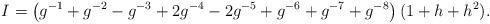
LaTeX: \begin{align*}I = \left( g^{-1} + g^{-2} - g^{-3} + 2 g^{-4} -2 g^{-5} +g^{-6}+ g^{-7} + g^{-8} \right) (1+h+h^2).\end{align*}